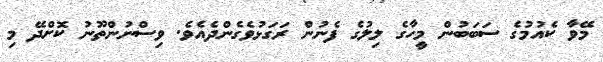
މޭވާ ކެއުމުގެ ސަބަބުން މީހާގެ ލިލުގެ ފެނުން ރަގަޅުވެގެންދެއެވެ. ވިސްނުންތޫނު ކޮށްދޭ މި